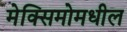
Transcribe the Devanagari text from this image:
मेक्सिमोमधील